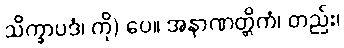
သိက္ခာပဒံ၊ ကို) ပေ။ အနာဏတ္တိကံ၊ တည်း၊